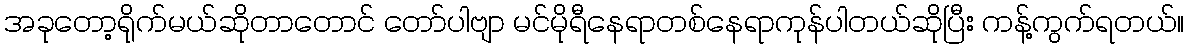
အခုတော့ရိုက်မယ်ဆိုတာတောင် တော်ပါဗျာ မင်မိုရီနေရာတစ်နေရာကုန်ပါတယ်ဆိုပြီး ကန့်ကွက်ရတယ်။